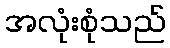
အလုံးစုံသည်